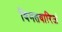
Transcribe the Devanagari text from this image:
विगतवारिजं